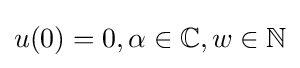
u(0)=0,\alpha \in \mathbb {C} ,w\in \mathbb {N}